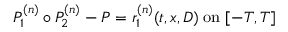
P _ { 1 } ^ { ( n ) } \circ P _ { 2 } ^ { ( n ) } - P = r _ { 1 } ^ { ( n ) } ( t , x , D ) \; \mathrm { o n } \; [ - T , T ]